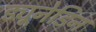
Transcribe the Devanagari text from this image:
ड्यूनेडिन